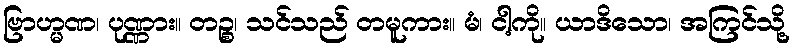
ဗြာဟ္မဏ၊ ပုဏ္ဏား။ တဉ္စ၊ သင်သည် တမူကား။ မံ၊ ငါ့ကို။ ယာဒိသော၊ အကြင်သို့